Scientific memoirs by medical officers of the Army of India - Part XI,
Year: 1898
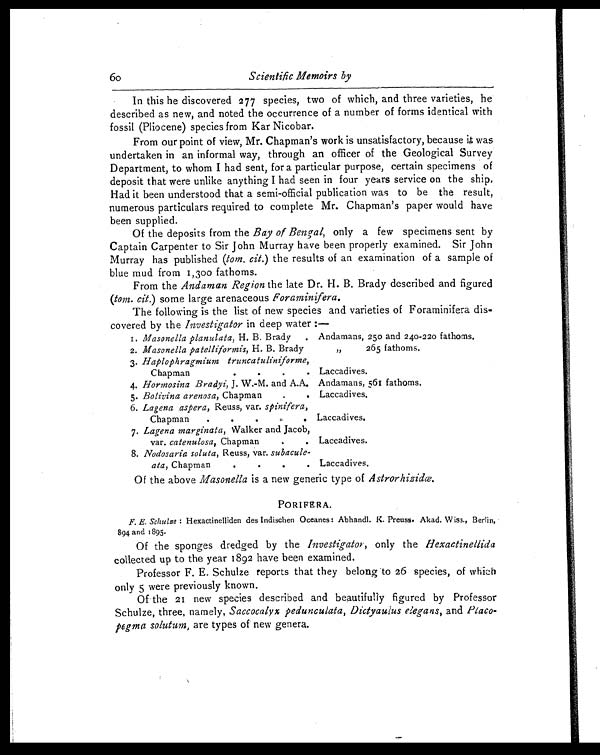
60
Scientific Memoirs by
In this he discovered 277 species, two of which, and three varieties, he
described as new, and noted the occurrence of a number of forms identical with
fossil (Pliocene) species from Kar Nicobar.
From our point of view, Mr. Chapman's work is unsatisfactory, because it was
undertaken in an informal way, through an officer of the Geological Survey
Department, to whom I had sent, for a particular purpose, certain specimens of
deposit that were unlike anything I had seen in four years service on the ship.
Had it been understood that a semi-official publication was to be the result,
numerous particulars required to complete Mr. Chapman's paper would have
been supplied.
Of the deposits from the Bay of Bengal, only a few specimens sent by
Captain Carpenter to Sir John Murray have been properly examined. Sir John
Murray has published (tom. cit. ) the results of an examination of a sample of
blue mud from 1,300 fathoms.
From the Andaman Region the late Dr. H. B. Brady described and figured
(tom. cit.) some large arenaceous Foraminifera.
The following is the list of new species and varieties of Foraminifera dis-
covered by the Investigator in deep water:—
1. Masonella planulata, H. B. Brady
. Andamans, 250 and 240–220 fathoms.
2. Masonella patelliformis, H. B. Brady
„ 265
fathoms.
3. Haplophragmium truncatuliniforme,
Chapman
.
.
. Laccadives.
4. Hormosina Bradyi, J. W.-M. and A.A. Andamans, 561 fathoms.
5. Bolivina arenosa, Chapman
. . Laccadives.
6. Lagena aspera, Reuss, var. spinifera,
Chapman
.
.
.
.
. Laccadives.
7. Lagena marginata, Walker and Jacob,
var. catenulosa, Chapman. Laccadives.
8. Nodosaria soluta, Reuss, var. subacule-
ata, Chapman. .
Laccadives.
Of the above Masonella is a new generic type of Astrorhizidæ.
PORIFERA.
F. E. Schulze: Hexactinelliden des Indischen Oceanes: Abhandl. K. Preuss. Akad. Wiss., Berlin,
894 and 1895.
Of the sponges dredged by the Investigator , only the Hexactinellida
collected up to the year 1892 have been examined.
Professor F. E. Schulze reports that they belong to 26 species, of which
only 5 were previously known.
Of the 21 new species described and beautifully figured by Professor
Schulze, three, namely, Saccocalyx pedunculata, Dictyaulus elegans , and Placo-
pegma solutum, are types of new genera.